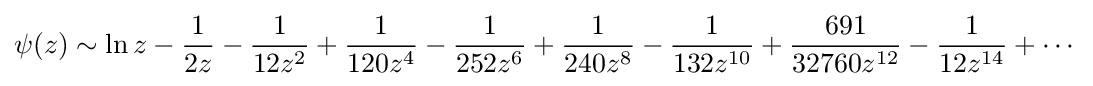
\psi (z)\sim \ln z-{\frac {1}{2z}}-{\frac {1}{12z^{2}}}+{\frac {1}{120z^{4}}}-{\frac {1}{252z^{6}}}+{\frac {1}{240z^{8}}}-{\frac {1}{132z^{10}}}+{\frac {691}{32760z^{12}}}-{\frac {1}{12z^{14}}}+\cdots